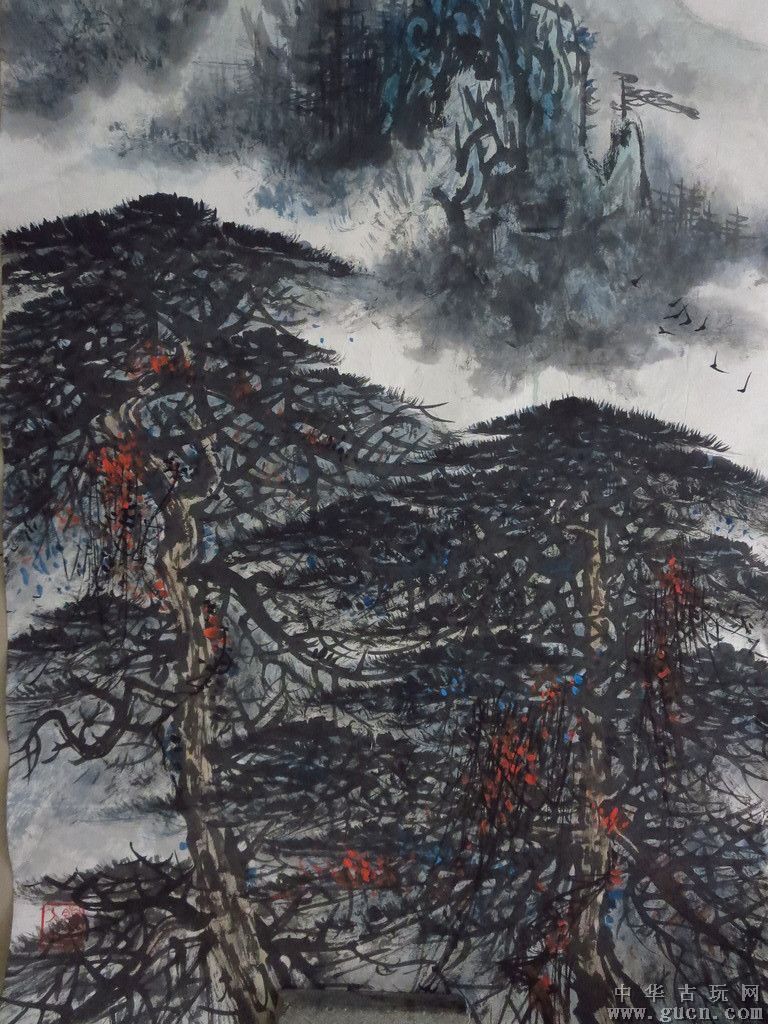
松间沙路净无泥，潇潇暮雨子规啼。